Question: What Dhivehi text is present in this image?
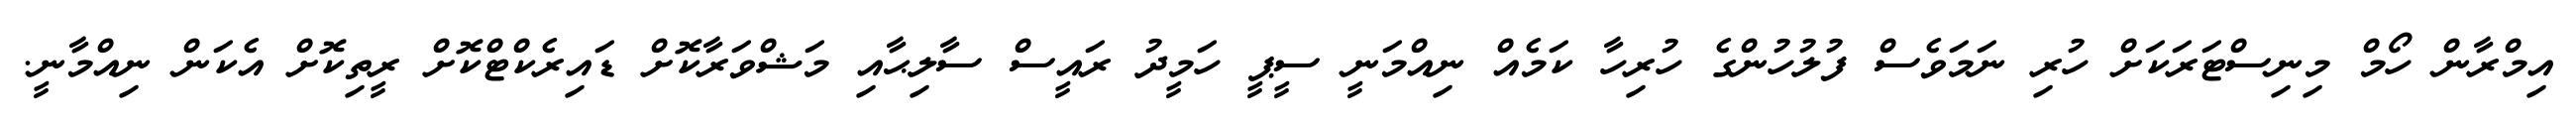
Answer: އިމްރާން ހޯމް މިނިސްޓަރަކަށް ހުރި ނަމަވެސް ފުލުހުންގެ ހުރިހާ ކަމެއް ނިއްމަނީ ސީޕީ ހަމީދު ރައީސް ސާލިޙާއި މަޝްވަރާކޮށް ޑައިރެކްޓްކޮށް ރީތިކޮށް އެކަން ނިއްމާނީ.